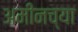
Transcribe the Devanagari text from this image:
अमीनच्या